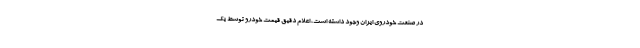
در صنعت خودروی ایران وجود داشته است، اعلام دقیق قیمت خودرو توسط یک